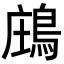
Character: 𪁈